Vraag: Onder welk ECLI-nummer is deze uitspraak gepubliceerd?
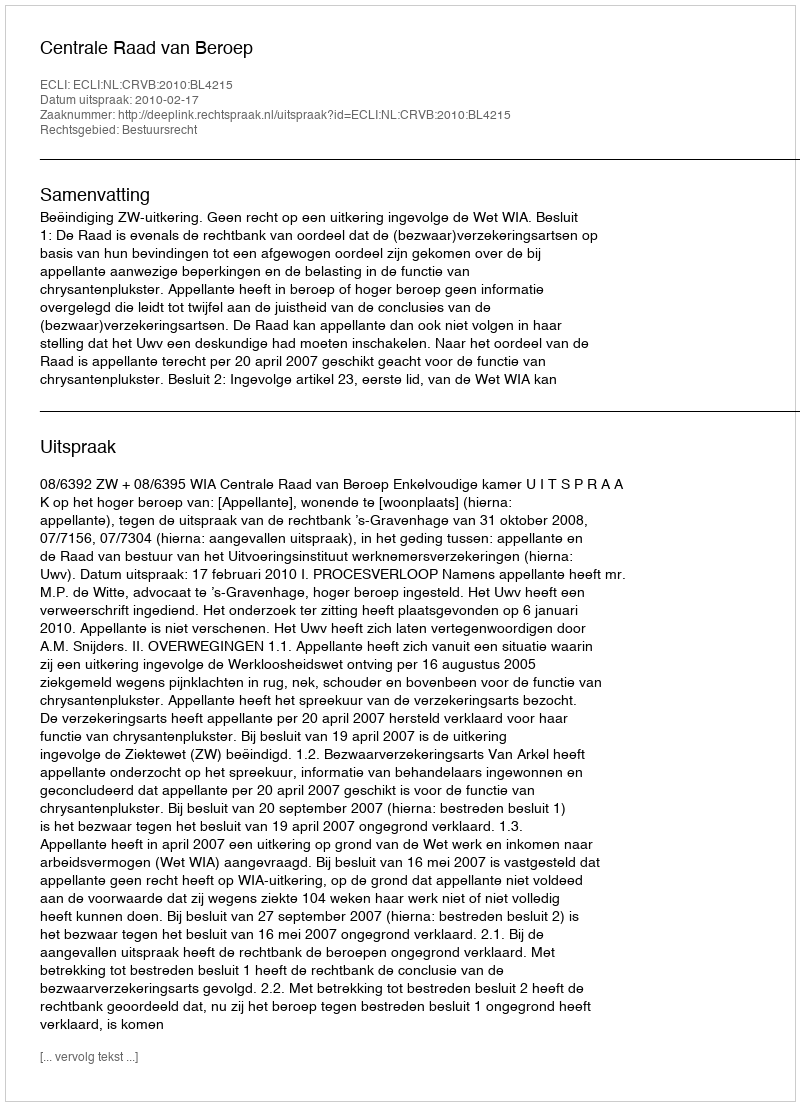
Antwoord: ECLI:NL:CRVB:2010:BL4215